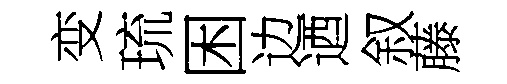
变琉困边迺叙藤